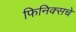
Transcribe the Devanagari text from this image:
फिनिक्सचे